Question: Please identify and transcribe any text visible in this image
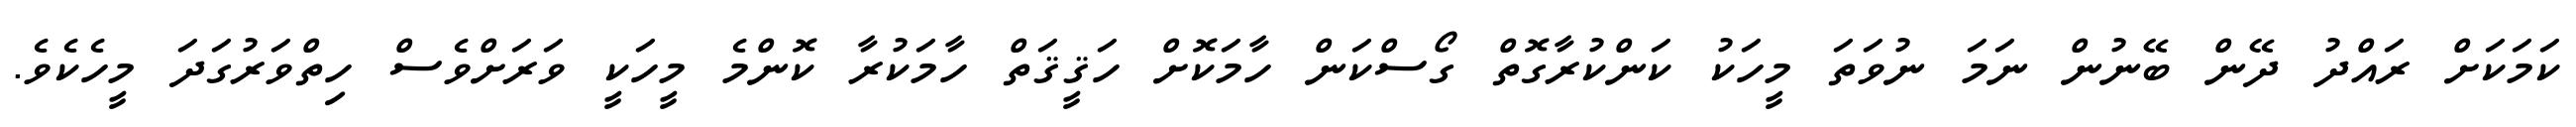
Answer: ކަމަކަށް ރައްދު ދޭން ބޭނުން ނަމަ ނުވަތަ މީހަކު ކަންކުރާގޮތް ގޯސްކަން ހާމަކޮށް ހަޤީޤަތް ހާމަކުރާ ކޮންމެ މީހަކީ ވަރަށްވެސް ހިތްވަރުގަދަ މީހެކެވެ.